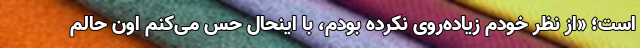
است؛ «از نظر خودم زیاده‌روی نکرده بودم، با اینحال حس می‌کنم اون حالم